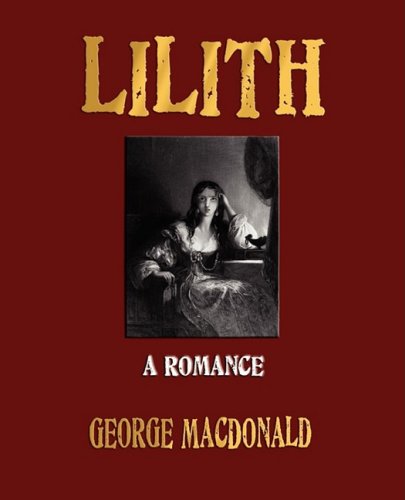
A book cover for Lilith; George MacDonald; Romance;